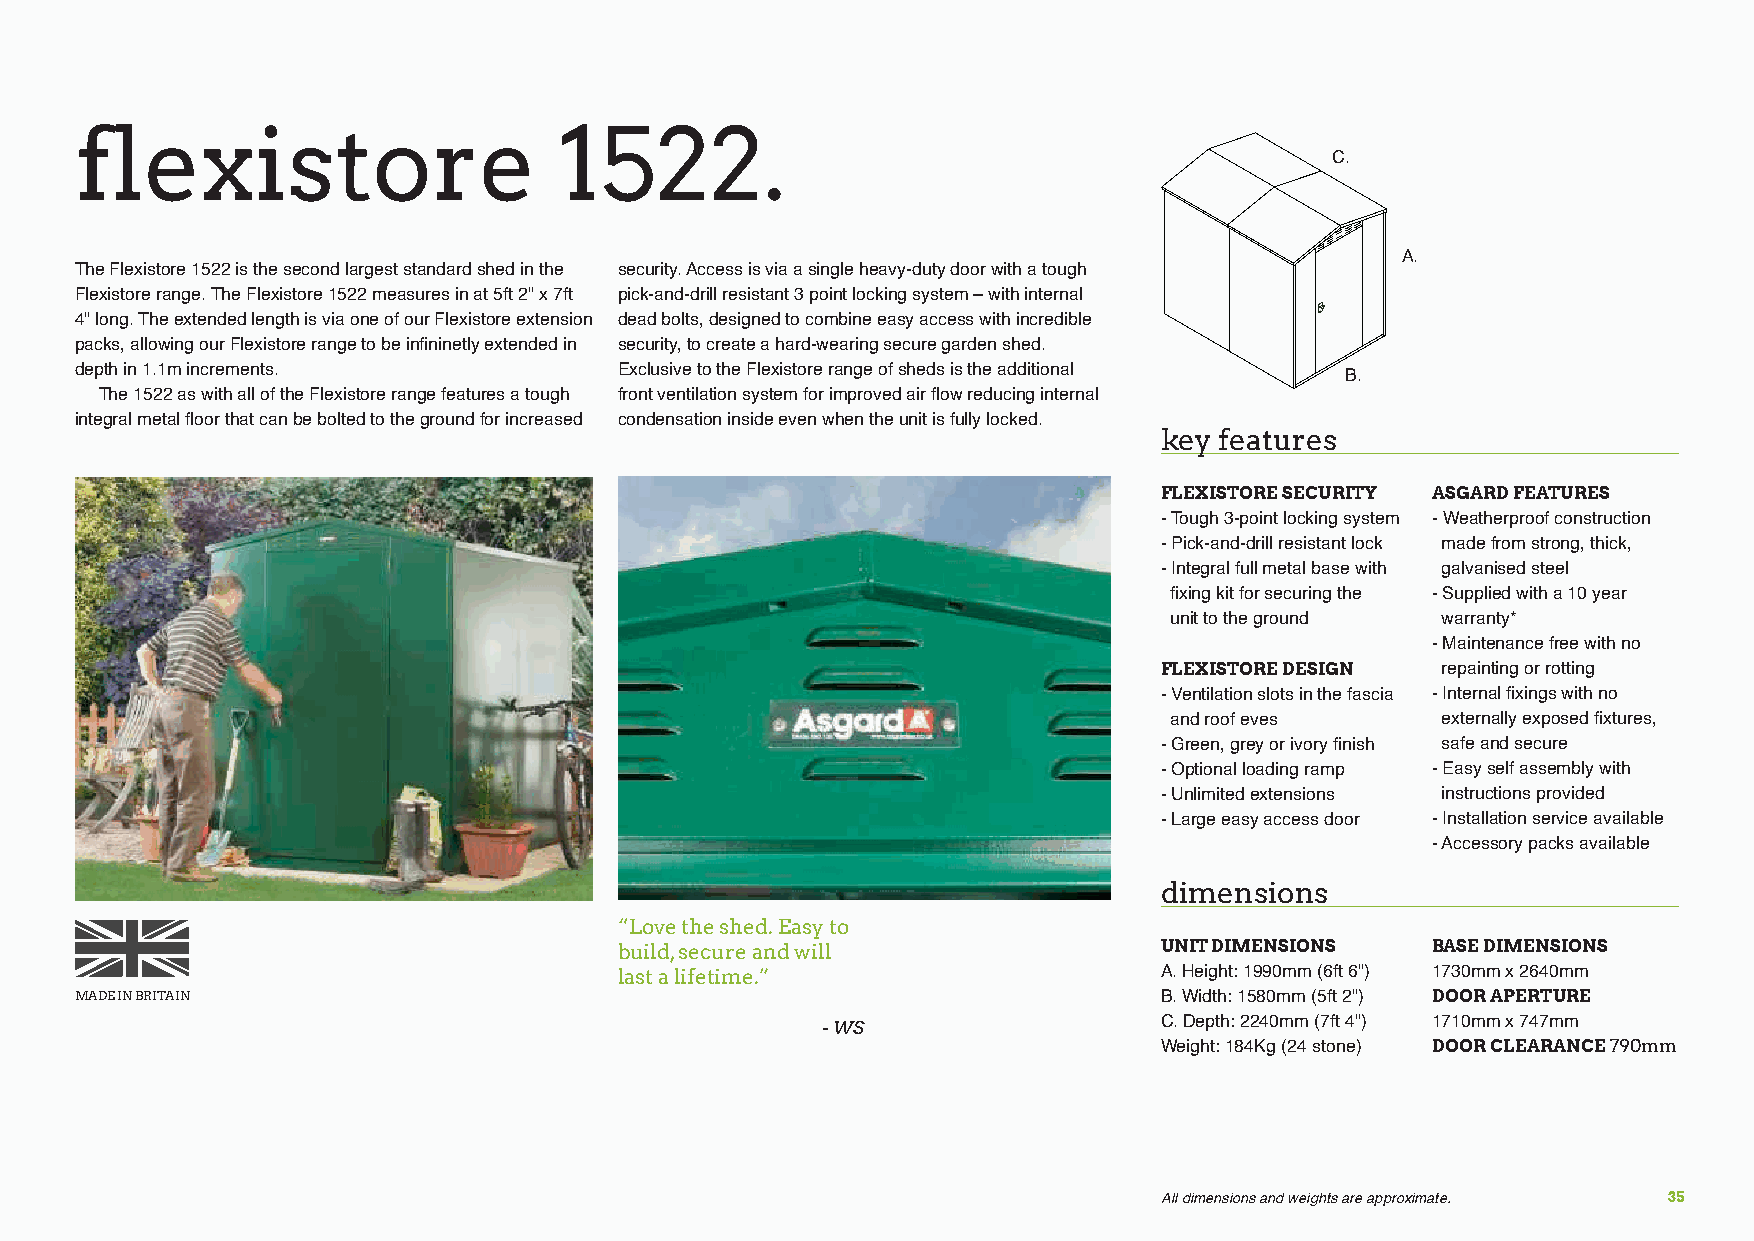
flexistore                      1522.
 C.
 A.
 The Flexistore 1522 is the second largest standard shed in the security. Access is via a single heavy-duty door with a tough
 Flexistore range. The Flexistore 1522 measures in at 5ft 2" x 7ft pick-and-drill resistant 3 point locking system – with internal
 4" long. The extended length is via one of our Flexistore extension dead bolts, designed to combine easy access with incredible
 packs, allowing our Flexistore range to be infininetly extended in security, to create a hard-wearing secure garden shed.
 depth in 1.1m increments.           Exclusive to the Flexistore range of sheds is the additional
 B.
 The 1522 as with all of the Flexistore range features a tough front ventilation system for improved air flow reducing internal
 integral metal floor that can be bolted to the ground for increased condensation inside even when the unit is fully locked.
 key features
 FLEXISTORE SECURITY ASGARD FEATURES
 - Tough 3-point locking system - Weatherproof construction
 - Pick-and-drill resistant lock made from strong, thick,
 - Integral full metal base with galvanised steel
 fixing kit for securing the - Supplied with a 10 year
 unit to the ground warranty*
 - Maintenance free with no
 FLEXISTORE DESIGN repainting or rotting
 - Ventilation slots in the fascia - Internal fixings with no
 and roof eves    externally exposed fixtures,
 - Green, grey or ivory finish safe and secure
 - Optional loading ramp - Easy self assembly with
 - Unlimited extensions instructions provided
 - Large easy access door - Installation service available
 - Accessory packs available
 dimensions
 “Love the shed. Easy to
 build, secure and will              UNIT DIMENSIONS   BASE DIMENSIONS
 last a lifetime.”                   A. Height: 1990mm (6ft 6") 1730mm x 2640mm
 MADE IN BRITAIN                                                         B. Width: 1580mm (5ft 2") DOOR APERTURE
 - WS                   C. Depth: 2240mm (7ft 4") 1710mm x 747mm
 Weight: 184Kg (24 stone) DOOR CLEARANCE 790mm
 All dimensions and weights are approximate. 35